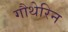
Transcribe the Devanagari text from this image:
गौथेरिन